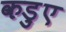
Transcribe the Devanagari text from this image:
कड़ुए